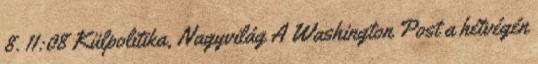
8. 11:08 Külpolitika, Nagyvilág A Washington Post a hétvégén